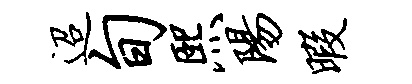
迢旬熙阳暇